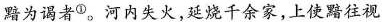
黯为谒者^{①}。河内失火，延烧千余家，上使黯往视